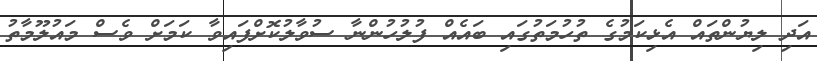
އަދި ލިޔުންތައް އެޅިކަމުގެ ތުހުމަތުގައި ބައެއް ފުލުހުންނާ ސުވާލުކޮށްފައިވާ ކަމަށް ވެސް މައުލޫމާތު